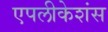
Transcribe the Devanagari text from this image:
एपलीकेशंस